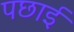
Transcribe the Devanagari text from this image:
पछाई